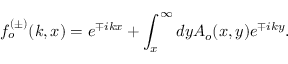
f _ { o } ^ { ( \pm ) } ( k , x ) = e ^ { \mp i k x } + \int _ { x } ^ { \infty } d y A _ { o } ( x , y ) e ^ { \mp i k y } .